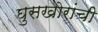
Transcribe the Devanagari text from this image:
घुसखोरांची